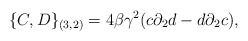
\begin{align*}\{C,D\}_{(3,2)}=4 \beta {\gamma}^{2}(c {\partial}_{2} d - d{\partial}_{2} c),\end{align*}